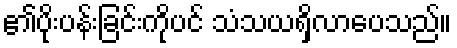
၏ပိုးပန်းခြင်းကိုပင် သံသယရှိလာပေသည်။